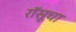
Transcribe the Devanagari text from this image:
रॉसूचा